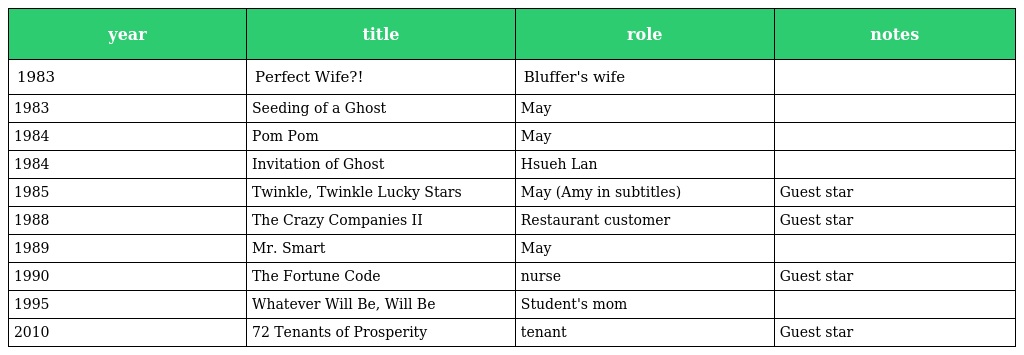
| year | title | role | notes |
 | --- | --- | --- | --- |
 | 1983 | Perfect Wife?! | Bluffer's wife |  |
 | 1983 | Seeding of a Ghost | May |  |
 | 1984 | Pom Pom | May |  |
 | 1984 | Invitation of Ghost | Hsueh Lan |  |
 | 1985 | Twinkle, Twinkle Lucky Stars | May (Amy in subtitles) | Guest star |
 | 1988 | The Crazy Companies II | Restaurant customer | Guest star |
 | 1989 | Mr. Smart | May |  |
 | 1990 | The Fortune Code | nurse | Guest star |
 | 1995 | Whatever Will Be, Will Be | Student's mom |  |
 | 2010 | 72 Tenants of Prosperity | tenant | Guest star |